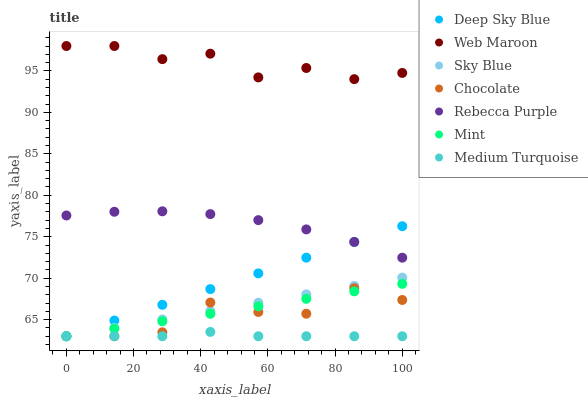
| xaxis_label | Deep Sky Blue | Web Maroon | Sky Blue | Chocolate | Rebecca Purple | Mint | Medium Turquoise |
 | --- | --- | --- | --- | --- | --- | --- | --- |
 | 0 | 63 | 98 | 63 | 63 | 77.6 | 63 | 63 |
 | 14.3 | 64.9 | 98 | 64 | 63 | 78 | 63.9 | 63 |
 | 28.6 | 66.8 | 96.4 | 65 | 63.5 | 78.1 | 64.8 | 63 |
 | 42.9 | 68.7 | 97.1 | 66 | 67.1 | 77.7 | 65.7 | 63.5 |
 | 57.1 | 70.6 | 94.2 | 67 | 65.9 | 77 | 66.6 | 63 |
 | 71.4 | 72.5 | 95.4 | 68.1 | 65.7 | 75.9 | 67.5 | 63 |
 | 85.7 | 74.4 | 94 | 69.1 | 68.8 | 74.4 | 68.4 | 63 |
 | 100 | 76.3 | 94.8 | 70.1 | 67.4 | 72.5 | 69.3 | 63 |